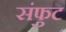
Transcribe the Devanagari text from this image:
संफुट